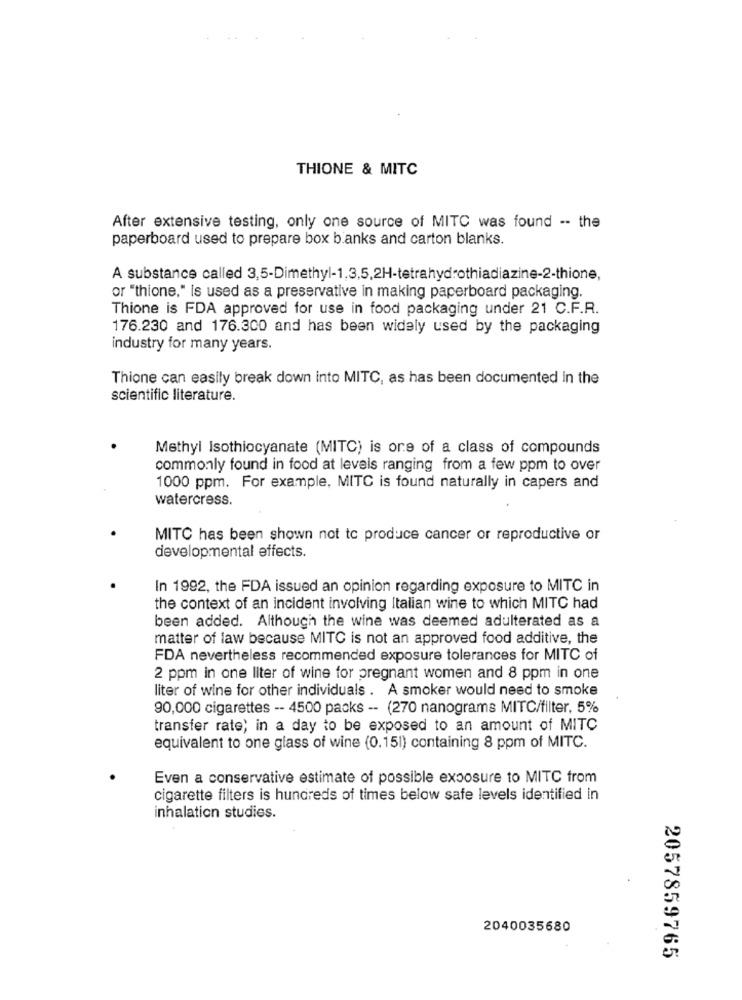
THIONE & MITC
After extensive testing, only one source of MITC was found -- the
paperboard used to prepare box banks and carton blanks.
A substance called 3,5-Dimethyl-1,3,5,2H-tetrahydrothiadiazine-2-thione,
or "thione," is used as a preservative in making paperboard packaging.
Thione is FDA approved for use in food packaging under 21 C.F.R.
176.230 and 176.300 and has been widely used by the packaging
industry for many years.
Thione can easily break down into MITC, as has been documented in the
scientific literature.
Methyl Isothiocyanate (MITC) is one of a class of compounds
commonly found in food at levels ranging from a few ppm to over
1000 ppm. For example, MITC is found naturally in capers and
watercress.
MITC has been shown not to produce cancer or reproductive or
developmental effects.
In 1992, the FDA issued an opinion regarding exposure to MITC in
the context of an incident involving Italian wine to which MITC had
been added. Although the wine was deemed adulterated as a
matter of law because MITC is not an approved food additive, the
FDA nevertheless recommended exposure tolerances for MITC of
2 ppm in one liter of wine for pregnant women and 8 ppm in one
liter of wine for other individuals . A smoker would need to smoke
90,000 cigarettes -- 4500 packs -- (270 nanograms MITC/filter, 5%
transfer rate; in a day to be exposed to an amount of MITC
equivalent to one glass of wine (0.151) containing 8 ppm of MITC.
Even a conservative estimate of possible exposure to MITC from
cigarette filters is hundreds of times below safe levels identified in
inhalation studies.
2040035680
2057859765